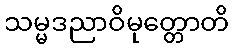
သမ္မဒညာဝိမုတ္တောတိ